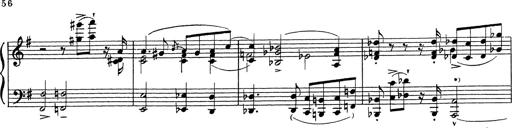
Title: Grosses Konzertsolo
Composer: Franz Liszt